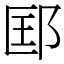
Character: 邼